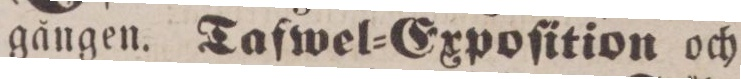
gången. Taſwel=Expoſition och